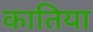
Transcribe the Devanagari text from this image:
कातिया